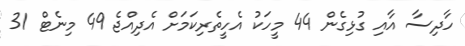
ހާދިސާ އާއި ގުޅިގެން 44 މީހަކު އެހީތެރިކަމަށް އެދިއްޖެ 49 މިނެޓް 31